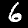
Label: 6